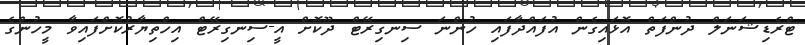
ޓްރެޑިޝަނަލް ދުންފަތް އޮޅައިގެން އުފައްދާފައި ހުންނަ ސިނގިރޭޓް ދޫކޮށް އީ-ސިނގިރޭޓް އިހްތިޔާރުކޮށްފައިވާ މީހުންގެ